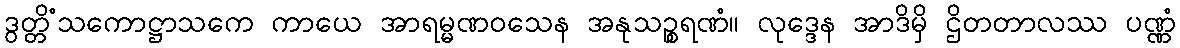
ဒွတ္တိံသကောဋ္ဌာသကေ ကာယေ အာရမ္မဏဝသေန အနုသဉ္စရဏံ။ လုဒ္ဒေန အာဒိမှိ ဌိတတာလဿ ပဏ္ဏံ